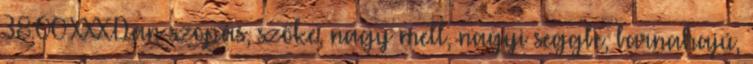
38:00 XXXDan szopás, szőke, nagy mell, nagyi seggbe, barnahajú,